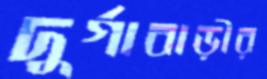
দুর্গাবাড়ীর